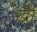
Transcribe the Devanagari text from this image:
खों